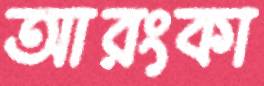
আরংকা